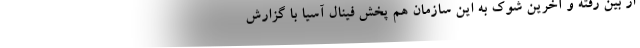
از بین رفته و آخرین شوک به این سازمان هم پخش فینال آسیا با گزارش